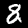
Digit: 8